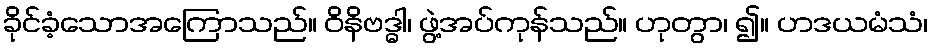
ခိုင်ခံ့သောအကြောသည်။ ဝိနိဗဒ္ဓါ၊ ဖွဲ့အပ်ကုန်သည်။ ဟုတွာ၊ ၍။ ဟဒယမံသံ၊